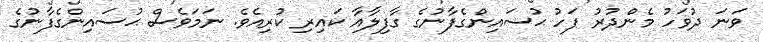
ވަނަ ދުވަހު މެންދުރު ފަހު ޙުސައިންގެފާނުގެ ގާފިލާއާ ކައިރި ކުރިއެވެ. ނަމަވެސް ޙުސައިންގެފާނުގެ